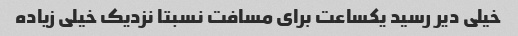
خیلی دیر رسید یکساعت برای مسافت نسبتا نزدیک خیلی زیاده